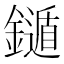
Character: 𨮐